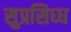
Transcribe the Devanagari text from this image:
सुप्रसिध्ध